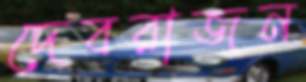
দেবরাজন